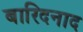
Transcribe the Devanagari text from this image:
बारिदनाद